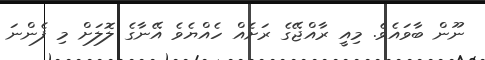
ނޫން ބާވައެވެ. މިއީ ރާއްޖޭގެ ރަށެއް ހެއްޔެވެ އޭނާގެ ލޮލަށް މި ފެންނަ